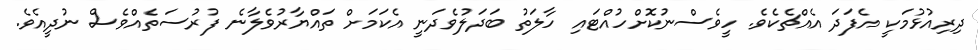
ދިރިއުޅުމަކީ އެފަދަ އެއްޗެކެވެ. ހީވެސްނުކޮށްހުއްޓައި ހާލަތު ބަދަލުވެދަނީ އެކަމަށް ތައްޔާރުވެލާނެ ފުރުސަތެއްވެސް ނުދީއެވެ.